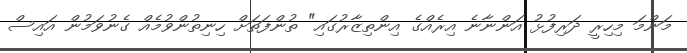
މަންމަ މިހިރީ ދަރިފުޅު އަންނާނެ އިރެއްގެ އިންތިޒާރުގައި" ތުންފަތަށް ހިނިތުންވުމެއް ގެނުވަމުން އައިސް